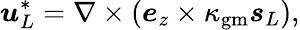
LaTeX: \boldsymbol{u}_{L}^{*}=\nabla\times\left(\boldsymbol{e}_{z}\times\kappa_{\mathrm{gm}}\boldsymbol{s}_{L}\right),